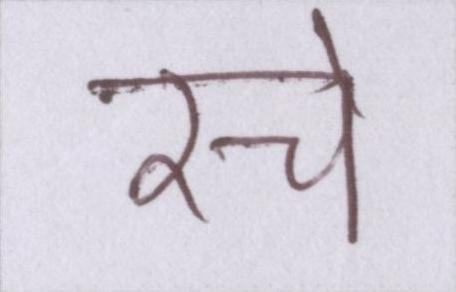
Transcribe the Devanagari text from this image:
रचे